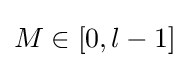
M\in [0,l-1]